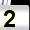
Digit: 2